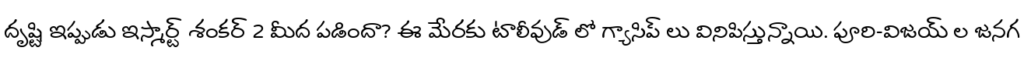
దృష్టి ఇప్పుడు ఇస్మార్ట్ శంకర్ 2 మీద పడిందా? ఈ మేరకు టాలీవుడ్ లో గ్యాసిప్ లు వినిపిస్తున్నాయి. పూరి-విజయ్ ల జనగ